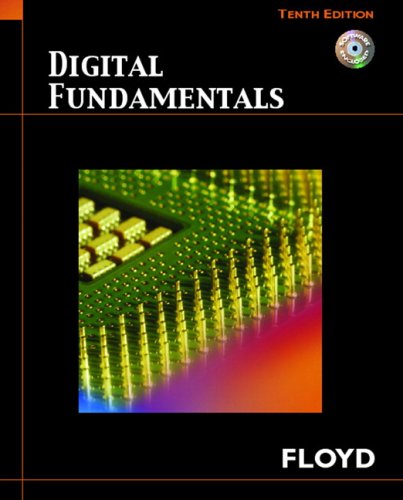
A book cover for Digital Fundamentals (10th Edition); Thomas L. Floyd; Computers & Technology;